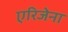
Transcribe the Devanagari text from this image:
एरिजेना